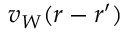
v _ { W } ( r - r ^ { \prime } )